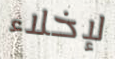
لإخلاء